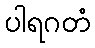
ပါရဂတံ